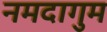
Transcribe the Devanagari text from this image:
नमदागुम